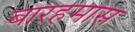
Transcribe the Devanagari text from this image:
बारहमास